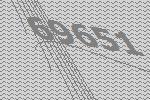
69651